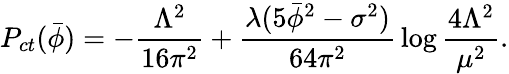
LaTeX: P_{ct}(\bar{\phi})=-{\frac{\Lambda^{2}}{16\pi^{2}}}+{\frac{\lambda(5\bar{\phi}^{2}-\sigma^{2})}{64\pi^{2}}}\log{\frac{4\Lambda^{2}}{\mu^{2}}}.